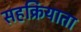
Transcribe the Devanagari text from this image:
सहक्रियाता